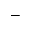
-